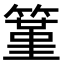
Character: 䈽